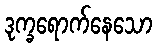
ဒုက္ခရောက်နေသော